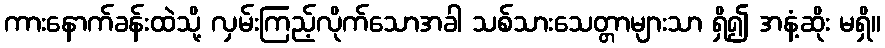
ကားနောက်ခန်းထဲသို့ လှမ်းကြည့်လိုက်သောအခါ သစ်သားသေတ္တာများသာ ရှိ၍ အနံ့ဆိုး မရှိ။